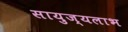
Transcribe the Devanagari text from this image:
सायुज्यलाभ